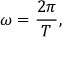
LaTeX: \omega = { \frac { 2 \pi } { T } } ,